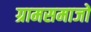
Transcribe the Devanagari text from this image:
ग्रामसमाजों